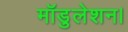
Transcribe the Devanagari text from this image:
मॉडुलेशन।